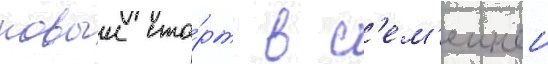
новыи ста́рт в с'ем'еинои